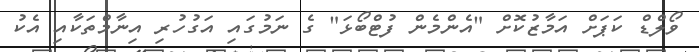
ވޯލްޑް ކަޕަށް އަމާޒުކޮށް "އެންމެން ފުޓްބޯޅަ" ގެ ނަމުގައި އަގުހުރި އިނާމްތަކާއި އެކު